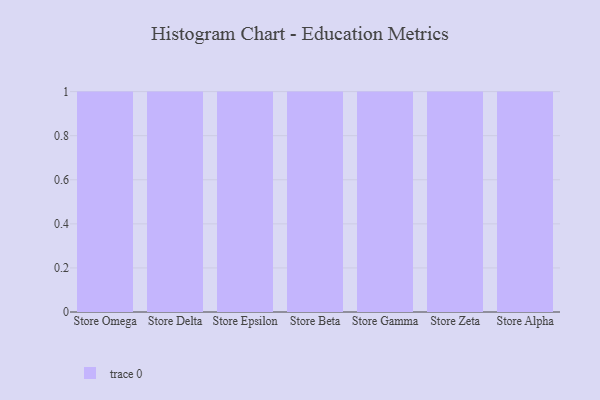
{"axis": {"x": "Store", "y": "Operating Costs (USD K)"}, "legend": [""], "data": [{"x": "Store Omega", "y": 11, "type": ""}, {"x": "Store Delta", "y": 49, "type": ""}, {"x": "Store Epsilon", "y": 75, "type": ""}, {"x": "Store Beta", "y": 18, "type": ""}, {"x": "Store Gamma", "y": 86, "type": ""}, {"x": "Store Zeta", "y": 74, "type": ""}, {"x": "Store Alpha", "y": 66, "type": ""}]}